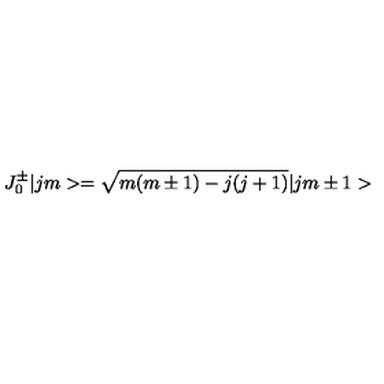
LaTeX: J _ { 0 } ^ { \pm } | j m > = \sqrt { m ( m \pm 1 ) - j ( j + 1 ) } | j m \pm 1 >